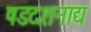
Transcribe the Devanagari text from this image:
षडदशनाद्य